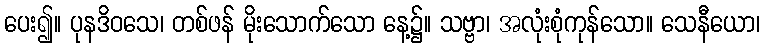
ပေး၍။ ပုနဒိဝသေ၊ တစ်ဖန် မိုးသောက်သော နေ့၌။ သဗ္ဗာ၊ အလုံးစုံကုန်သော။ သေနီယော၊